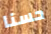
حسنا